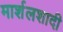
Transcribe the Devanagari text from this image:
मार्शलशादी